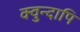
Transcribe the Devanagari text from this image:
क्वुन्दापि